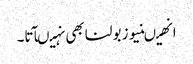
انھیںنیوز بولنا بھی نہیںآتا۔